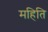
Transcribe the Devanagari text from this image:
महिति